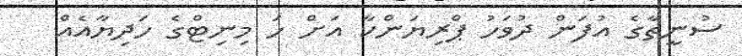
ސުނީތާގެ އުފަން ދުވަހު ޕްރިޔަންކާ އަށް ހަ މިނިޓްގެ ހަދިޔާއެއް